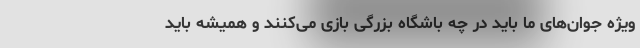
ویژه‌ جوان‌های ما باید در چه باشگاه بزرگی بازی می‌کنند و همیشه باید